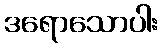
ဒရောသောပါး